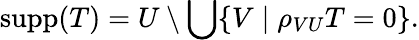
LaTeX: \operatorname{supp}(T)=U\setminus\bigcup\{ V\mid\rho_{VU}T=0\} .